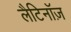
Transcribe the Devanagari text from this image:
लैटिनॉज़